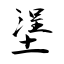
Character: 塣